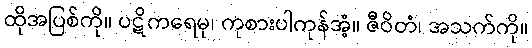
ထိုအပြစ်ကို။ ပဋိကရေမု၊ ကုစားပါကုန်အံ့။ ဇီဝိတံ၊ အသက်ကို။